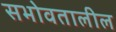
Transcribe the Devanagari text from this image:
सभोवतालील